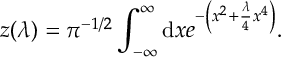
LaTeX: z ( \lambda ) = \pi ^ { - 1 / 2 } \int _ { - \infty } ^ { \infty } \mathrm { d } x e ^ { - \left( x ^ { 2 } + { \frac { \lambda } { 4 } } x ^ { 4 } \right) } .